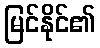
မြင်နိုင်၏